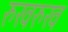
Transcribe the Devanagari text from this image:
रुखरुख